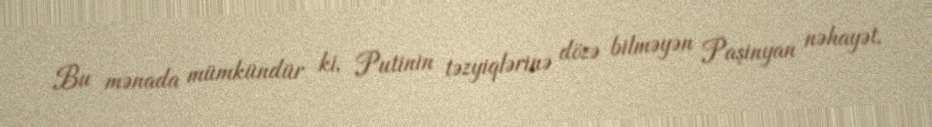
Bu mənada mümkündür ki, Putinin təzyiqlərinə dözə bilməyən Paşinyan nəhayət,